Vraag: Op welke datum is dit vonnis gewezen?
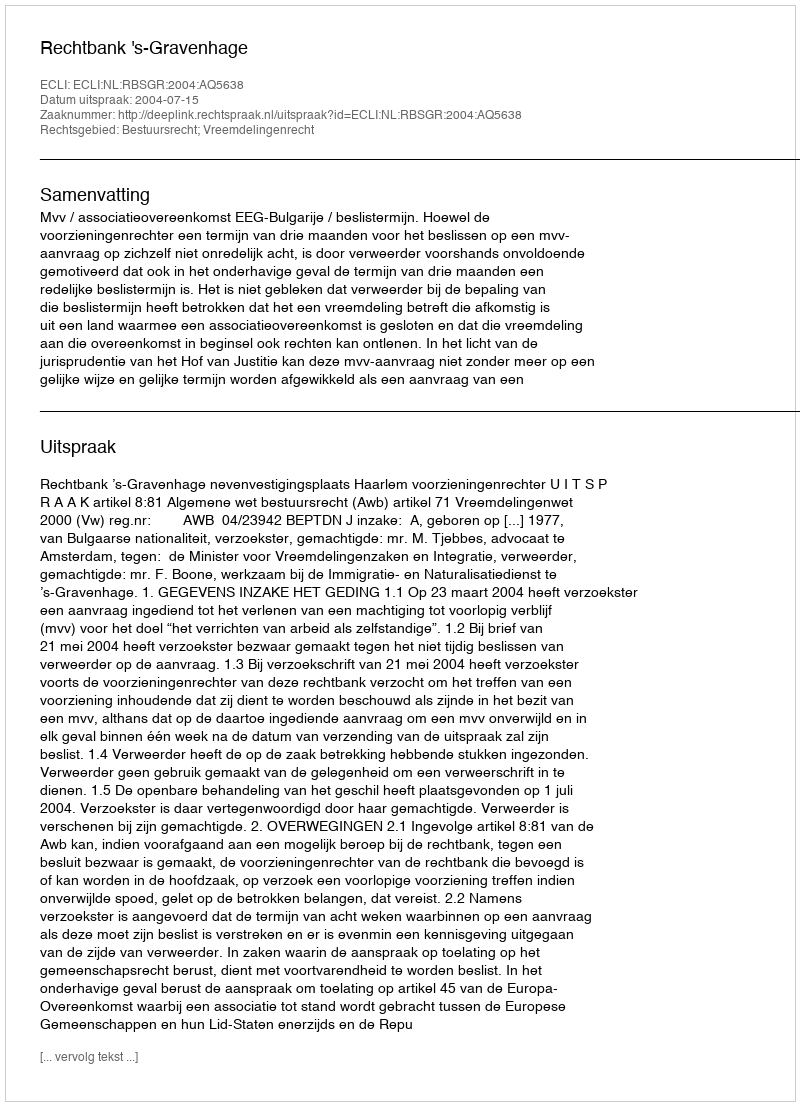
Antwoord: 2004-07-15